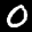
Label: 0